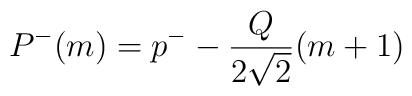
P^{-}(m)=p^{-}-\frac{Q}{2\sqrt{2}}(m+1)